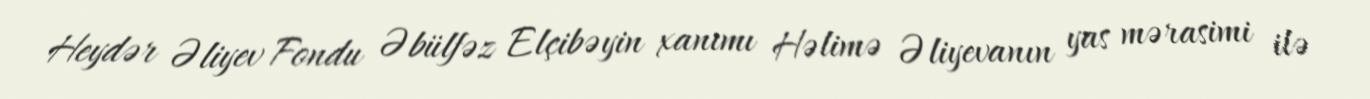
Heydər Əliyev Fondu Əbülfəz Elçibəyin xanımı Həlimə Əliyevanın yas mərasimi ilə